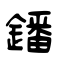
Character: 鐇